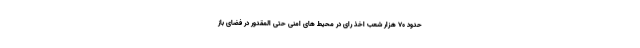
حدود ۷۰ هزار شعب اخذ رای در محیط های امنی حتی المقدور در فضای باز